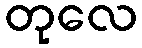
တုလေ